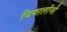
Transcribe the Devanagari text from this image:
थियालॉजी